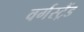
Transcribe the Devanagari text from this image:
वर्गस्ट्रैंड